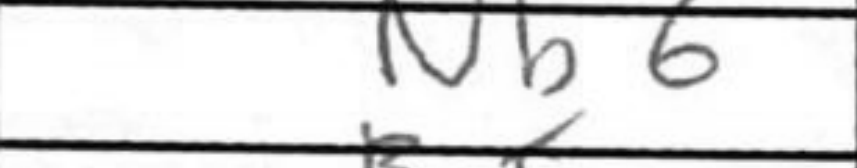
Transcription: Nb6